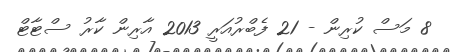
8 މަސް ކުރިން - 21 ފެބްރުއަރީ 2013 އާރިން ކާރު ސްޓާޓް